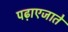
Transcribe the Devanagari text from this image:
पढ़ाएजाते